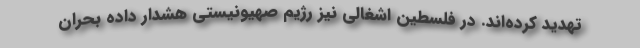
تهدید کرده‌اند. در فلسطین اشغالی نیز رژیم صهیونیستی هشدار داده بحران